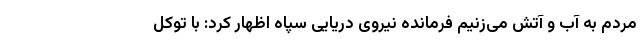
مردم به آب و آتش می‌زنیم فرمانده نیروی دریایی سپاه اظهار کرد: با توکل